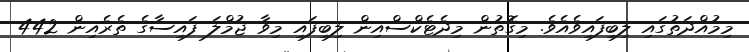
މިމުއްދަތުގައި ލިބިފައިވެއެވެ. މިގޮތުން މިދެޓެކްސްއިން ލިބިފައި މިވާ ޖުމްލަ ފައިސާގެ ތެރެއިން 442